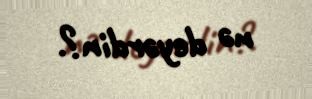
nə deyərdin?.